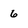
Character: 6